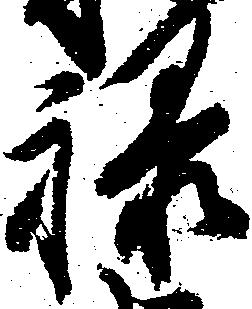
禄